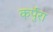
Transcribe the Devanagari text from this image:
कर्पुरा